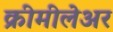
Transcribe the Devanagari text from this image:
क्रीमीलेअर